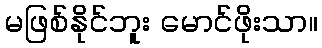
မဖြစ်နိုင်ဘူး မောင်ဖိုးသာ။